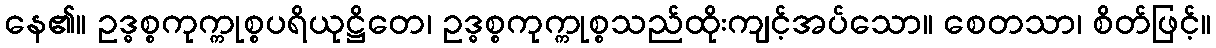
နေ၏။ ဥဒ္ဓစ္စကုက္ကုစ္စပရိယုဋ္ဌိတေ၊ ဥဒ္ဓစ္စကုက္ကုစ္စသည်ထိုးကျင့်အပ်သော။ စေတသာ၊ စိတ်ဖြင့်။